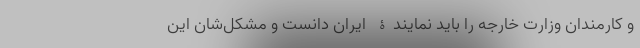
و کارمندان وزارت خارجه را باید نمایندۀ ایران دانست و مشکل‌شان این